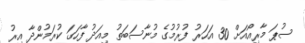
ސުޕަ މާރިއޯއަށް 30 އަހަރު ފުރުމުގެ މުނާސަބަތު މިއަދު ފާހަގަ ކުރަމުންދާ އިރު